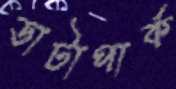
ডাটাপার্ক